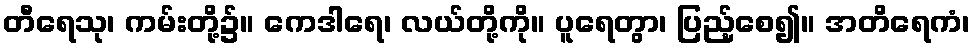
တီရေသု၊ ကမ်းတို့၌။ ကေဒါရေ၊ လယ်တို့ကို။ ပူရေတွာ၊ ပြည့်စေ၍။ အတိရေကံ၊